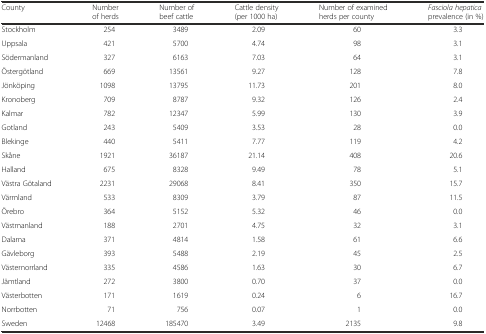
| County | Number of herds | Number of beef cattle | Cattle density (per 1000 ha) | Number of examined herds per county | Fasciola hepatica prevalence (in %) |
 | --- | --- | --- | --- | --- | --- |
 | Stockholm | 254 | 3489 | 2.09 | 60 | 3.3 |
 | Uppsala | 421 | 5700 | 4.74 | 98 | 3.1 |
 | Södermanland | 327 | 6163 | 7.03 | 64 | 3.1 |
 | Östergötland | 669 | 13561 | 9.27 | 128 | 7.8 |
 | Jönköping | 1098 | 13795 | 11.73 | 201 | 8.0 |
 | Kronoberg | 709 | 8787 | 9.32 | 126 | 2.4 |
 | Kalmar | 782 | 12347 | 5.99 | 130 | 3.9 |
 | Gotland | 243 | 5409 | 3.53 | 28 | 0.0 |
 | Blekinge | 440 | 5411 | 7.77 | 119 | 4.2 |
 | Skåne | 1921 | 36187 | 21.14 | 408 | 20.6 |
 | Halland | 675 | 8328 | 9.49 | 78 | 5.1 |
 | Västra Götaland | 2231 | 29068 | 8.41 | 350 | 15.7 |
 | Värmland | 533 | 8309 | 3.79 | 87 | 11.5 |
 | Örebro | 364 | 5152 | 5.32 | 46 | 0.0 |
 | Västmanland | 188 | 2701 | 4.75 | 32 | 3.1 |
 | Dalarna | 371 | 4814 | 1.58 | 61 | 6.6 |
 | Gävleborg | 393 | 5488 | 2.19 | 45 | 2.5 |
 | Västernorrland | 335 | 4586 | 1.63 | 30 | 6.7 |
 | Jämtland | 272 | 3800 | 0.70 | 37 | 0.0 |
 | Västerbotten | 171 | 1619 | 0.24 | 6 | 16.7 |
 | Norrbotten | 71 | 756 | 0.07 | 1 | 0.0 |
 | Sweden | 12468 | 185470 | 3.49 | 2135 | 9.8 |